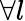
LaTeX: \forall{l}